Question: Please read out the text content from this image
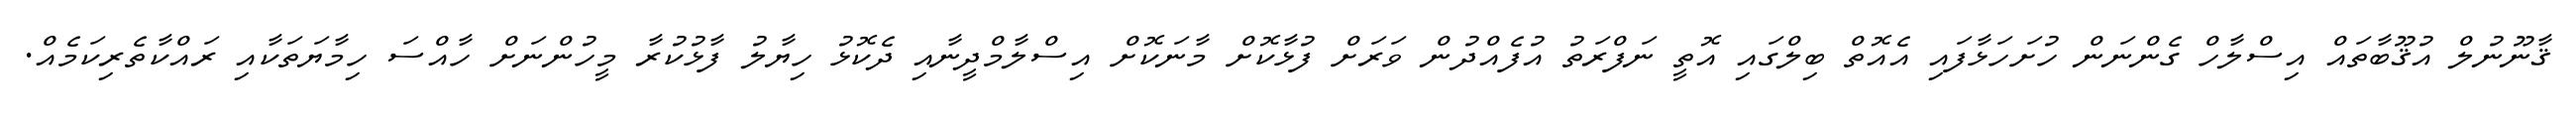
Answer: ޤާނޫނުލް އުޤޫބާތައް އިސްލާހް ގެންނަން ހުށަހަޅާފައި އެއޮތް ބިލްގައި އޮތީ ނަފްރަތު އުފެއްދުން ވަރަށް ފުޅާކޮށް މާނަކޮށް އިސްލާމްދީނާއި ދެކޮޅު ހިޔާލު ފާޅުކުރާ މީހުންނަށް ހާއްސަ ހިމާޔަތަކާއި ރައްކާތެރިކަމެއް.